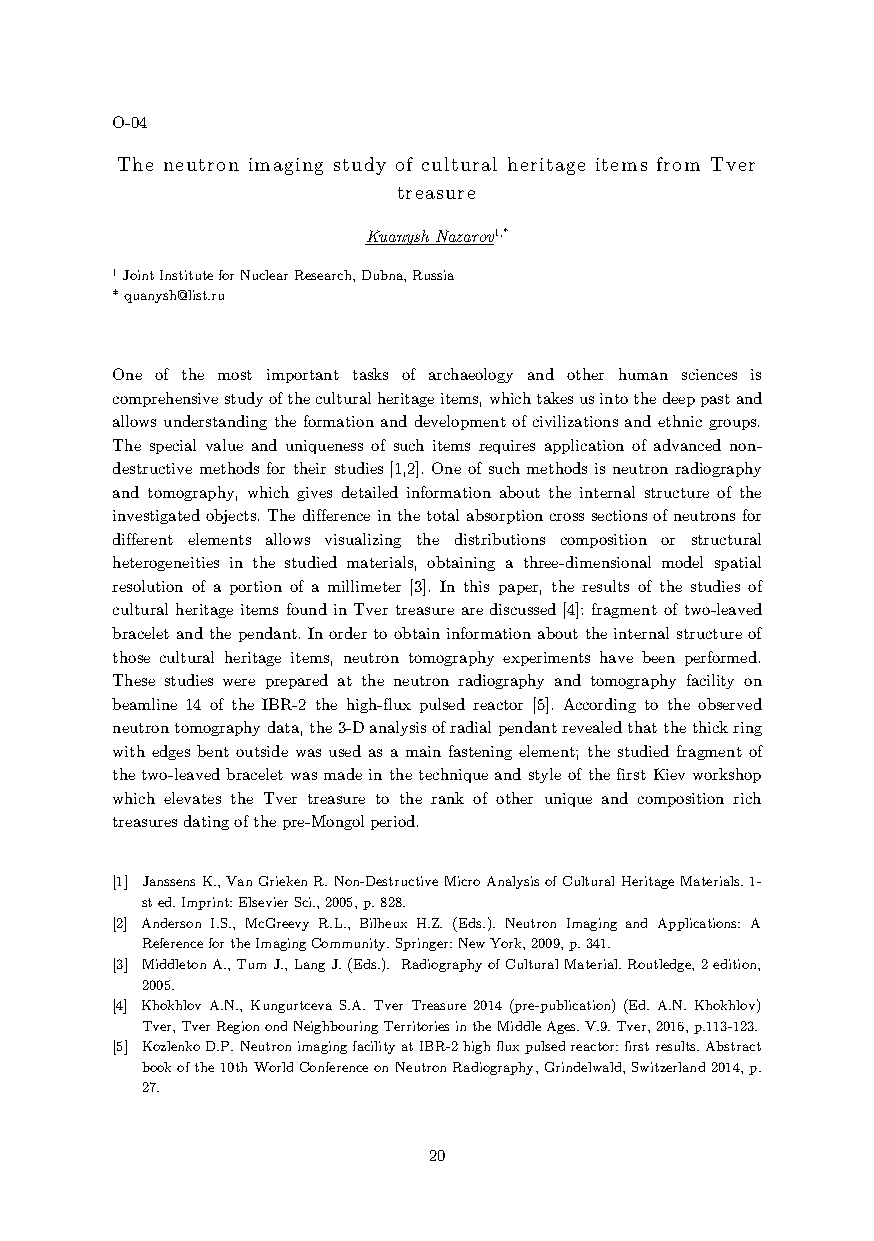
O-04
 The neutron imaging study of cultural heritage items from Tver
 treasure
 Kuanysh Nazarov1,*
 1 Joint Institute for Nuclear Research, Dubna, Russia
 * quanysh@list.ru
 One of the most important tasks of archaeology and other human sciences is
 comprehensive study of the cultural heritage items, which takes us into the deep past and
 allows understanding the formation and development of civilizations and ethnic groups.
 The special value and uniqueness of such items requires application of advanced non-
 destructive methods for their studies [1,2]. One of such methods is neutron radiography
 and tomography, which gives detailed information about the internal structure of the
 investigated objects. The difference in the total absorption cross sections of neutrons for
 different elements allows visualizing the distributions composition or structural
 heterogeneities in the studied materials, obtaining a three-dimensional model spatial
 resolution of a portion of a millimeter [3]. In this paper, the results of the studies of
 cultural heritage items found in Tver treasure are discussed [4]: fragment of two-leaved
 bracelet and the pendant. In order to obtain information about the internal structure of
 those cultural heritage items, neutron tomography experiments have been performed.
 These studies were prepared at the neutron radiography and tomography facility on
 beamline 14 of the IBR-2 the high-flux pulsed reactor [5]. According to the observed
 neutron tomography data, the 3-D analysis of radial pendant revealed that the thick ring
 with edges bent outside was used as a main fastening element; the studied fragment of
 the two-leaved bracelet was made in the technique and style of the first Kiev workshop
 which elevates the Tver treasure to the rank of other unique and composition rich
 treasures dating of the pre-Mongol period.
 [1] Janssens K., Van Grieken R. Non-Destructive Micro Analysis of Cultural Heritage Materials. 1-
 st ed. Imprint: Elsevier Sci., 2005, p. 828.
 [2] Anderson I.S., McGreevy R.L., Bilheux H.Z. (Eds.). Neutron Imaging and Applications: A
 Reference for the Imaging Community. Springer: New York, 2009, p. 341.
 [3] Middleton A., Tum J., Lang J. (Eds.). Radiography of Cultural Material. Routledge, 2 edition,
 2005.
 [4] Khokhlov A.N., Kungurtceva S.A. Tver Treasure 2014 (pre-publication) (Ed. A.N. Khokhlov)
 Tver, Tver Region ond Neighbouring Territories in the Middle Ages. V.9. Tver, 2016, p.113-123.
 [5] Kozlenko D.P. Neutron imaging facility at IBR-2 high flux pulsed reactor: first results. Abstract
 book of the 10th World Conference on Neutron Radiography, Grindelwald, Switzerland 2014, p.
 27.
 20